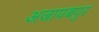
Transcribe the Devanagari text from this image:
अजायबपुर